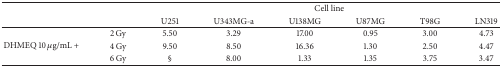
|  |  | <COLSPAN=6> Cell line |
 |  |  | U251 | U343MG-a | U138MG | U87MG | T98G | LN319 |
 | --- | --- | --- | --- | --- | --- | --- | --- |
 | <ROWSPAN=3> DHMEQ 10 μg/mL + | 2 Gy | 5.50 | 3.29 | 17.00 | 0.95 | 3.00 | 4.73 |
 | 4 Gy | 9.50 | 8.50 | 16.36 | 1.30 | 2.50 | 4.47 |
 | 6 Gy | § | 8.00 | 1.33 | 1.35 | 3.75 | 3.47 |